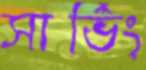
সার্ভিং